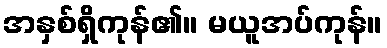
အနှစ်ရှိကုန်၏။ မယူအပ်ကုန်။